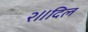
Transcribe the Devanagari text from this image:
२॥दिल